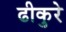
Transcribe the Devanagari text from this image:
ढीकुरे